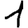
Digit: 1